Bulletin of the Pasteur Institute of Southern India, Coonoor - No. 3.
Year: 1910
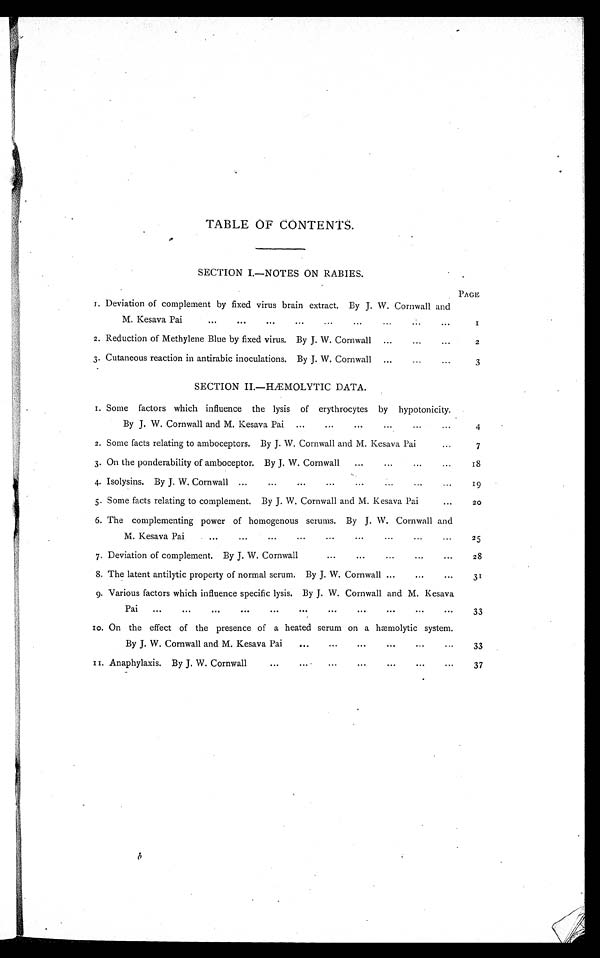
TABLE OF CONTENTS.
SECTION I.—NOTES ON RABIES.
PAGE
1. Deviation of complement by fixed virus brain extract. By J. W. Cornwall and
M. Kesava Pai
...
...
. . .
...
. . .
. . .
. . .
. . .
. . .
1
2. Reduction of Methylene Blue by fixed virus. By J. W. Cornwall
...
...
...
2
3. Cutaneous reaction in antirabic inoculations. By J. W. Cornwall
...
...
...
3
SECTION II.—HÆMOLYTIC DATA.
1. Some factors which influence the lysis of erythrocytes by hypotonicity.
By J. W. Cornwall and M. Kesava Pai
...
. . .
. . .
. . .
. . .
. . .
4
2. Some facts relating to amboceptors. By J. W. Cornwall and M. Kesava Pai
. . .
7
3. On the ponderability of amboceptor. By J. W. Cornwall
...
. . . ...
. . .
18
4. Isolysins. By J. W. Cornwall ...
...
...
...
...
...
. . .
...
19
5. Some facts relating to complement. By J. W. Cornwall and M. Kesava Pai
. . .
20
6. The complementing power of homogenous serums. By J. W. Cornwall and
M. Kesava Pai
. . .
...
...
...
...
...
...
...
...
25
7. Deviation of complement. By J. W. Cornwall
...
...
...
...
...
28
8. The latent antilytic property of normal serum. By J. W. Cornwall ...
...
...
31
9. Various factors which influence specific lysis. By J. W. Cornwall and M. Kesava
Pai
...
. . .
. . .
. . .
. . .
. . .
. . .
. . .
. . .
...
...
33
10. On the effect of the presence of a heated serum on a hæmolytic system.
By J. W. Cornwall and M. Kesava Pai
...
...
. . .
. . .
...
...
33
11. Anaphylaxis. By J. W. Cornwall
. . .
. . .
. . .
. . .
. . .
. . .
. . .
37
b